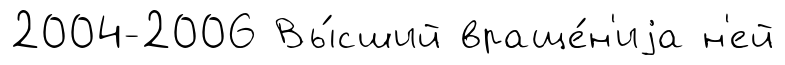
2004-2006 Вы́сший враще́н'иjа н'ей